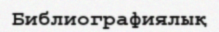
Библиографиялық